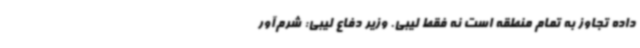
داده تجاوز به تمام منطقه است نه فقط لیبی. وزیر دفاع لیبی: شرم‌آور